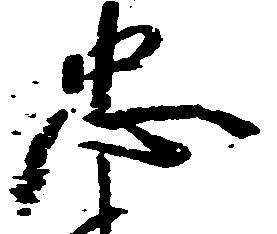
忠